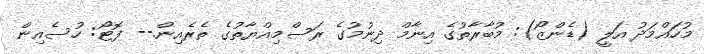
މުހައްމަދު އަލީ (ޑެންޒޯ): މުބާރާތުގެ އިނާމް ދިނުމުގެ ރަސްމިއްޔާތުގެ ތެރެއިން.-- ފޮޓޯ: ހުސެއިން